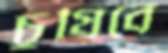
চুষিবে